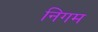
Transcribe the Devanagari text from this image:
निगम